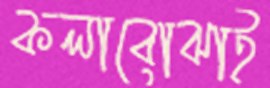
কলাবোঝাই